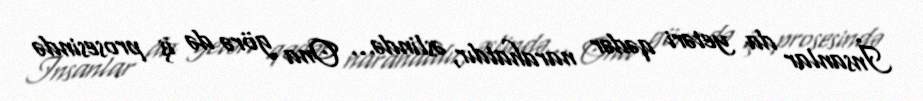
İnsanlar da yetəri qədər narahatdır, əslində... Ona görə də iş prosesində